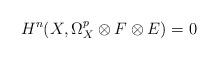
LaTeX: \begin{align*} H^n(X,\Omega^p_X\otimes F\otimes E)=0 \end{align*}